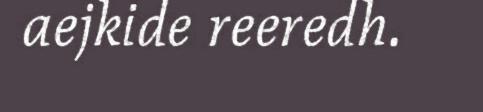
aejkide reeredh.